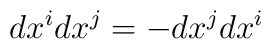
dx^i dx^j = - dx^j dx^i